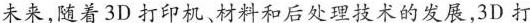
未来,随着3D打印机、材料和后处理技术的发展,3D打